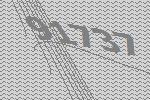
91737